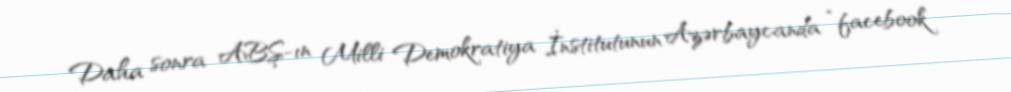
Daha sonra ABŞ-ın Milli Demokratiya İnstitutunun Azərbaycanda “facebook